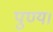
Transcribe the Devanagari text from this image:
पुण्य।